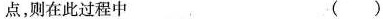
点，则在此过程中 ( )